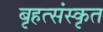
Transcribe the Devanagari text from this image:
बृहत्संस्कृत